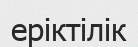
еріктілік